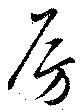
房